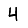
Digit: 4